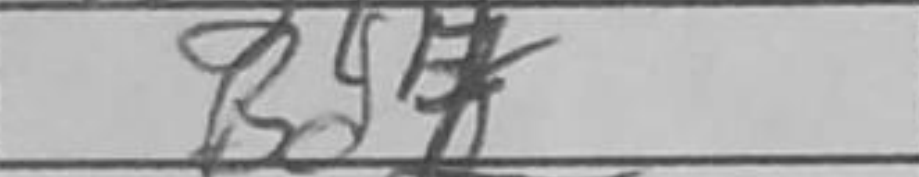
Transcription: Bd7